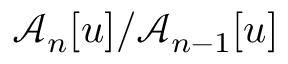
\mathcal { A } _ { n } [ u ] / \mathcal { A } _ { n - 1 } [ u ]